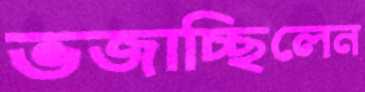
ভজাচ্ছিলেন